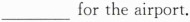
___ for the airport.